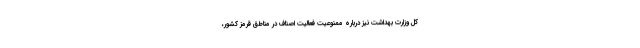
کل وزارت بهداشت نیز درباره ممنوعیت فعالیت اصناف در مناطق قرمز کشور،